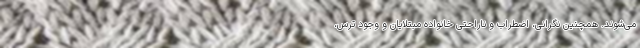
می‌شوند. همچنین نگرانی، اضطراب و ناراحتی خانواده مبتلایان و وجود ترس،